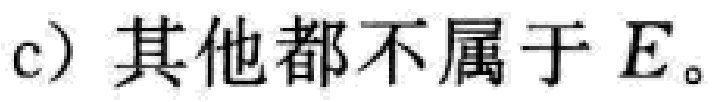
c) 其他都不属于 \(E\)。